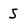
Character: s